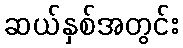
ဆယ်နှစ်အတွင်း